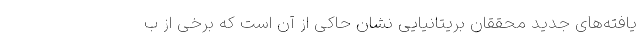
یافته‌های جدید محققان بریتانیایی نشان حاکی از آن است که برخی از ب